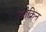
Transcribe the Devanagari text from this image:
एपोक्रिन